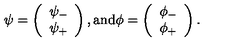
\psi = \left( \begin{array} { c } { \psi _ { - } } \\ { \psi _ { + } } \\ \end{array} \right) , \mathrm { a n d } \phi = \left( \begin{array} { c } { \phi _ { - } } \\ { \phi _ { + } } \\ \end{array} \right) .